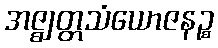
အဇ္ဈတ္တသံယောဇနဉ္စ